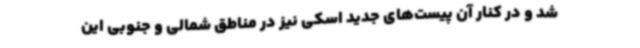
شد و در کنار آن پیست‌های جدید اسکی نیز در مناطق شمالی و جنوبی این